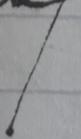
Signature authenticity: forged